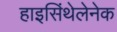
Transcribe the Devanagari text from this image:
हाइसिंथेलेनेक